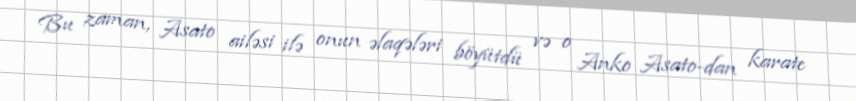
Bu zaman, Asato ailəsi ilə onun əlaqələri böyütdü və o Anko Asato-dan karate